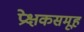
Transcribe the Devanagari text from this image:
प्रेक्षकसमूह